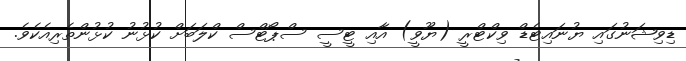
ޑިވިޝަނުގައި ޔުނައިޓެޑް ވިކްޓްރީ (ޔޫވީ) އާއި ޓީސީ ސްޕޯޓްސް ކްލަބަށް ކުޅުނު ކުޅުންތެރިއެކެވެ.